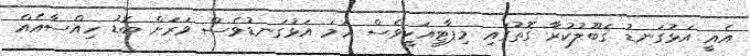
އެއީ އަޅުގަނޑު ޤަބޫލުކުރާ ގޮތުގައި މިޕާޓީއަކީވެސް ހަމަ އަޅުގަނޑުވެސް ވަރަށް ބޮޑު ހިއްސާއެއް